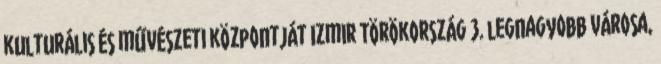
kulturális és művészeti központját Izmir Törökország 3. legnagyobb városa,